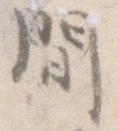
間